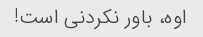
اوه، باور نکردنی است!